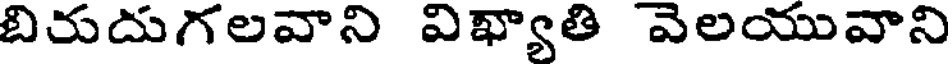
బిరుదుగలవాని విఖ్యాతి వెలయువాని